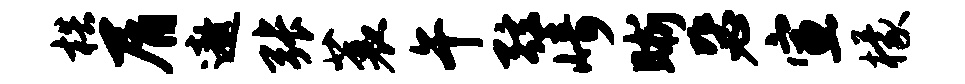
梏屑遨张蓑午弦崎晰毖宣檬